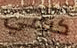
كيمي